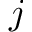
j